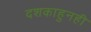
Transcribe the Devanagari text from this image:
दशकाहुनही